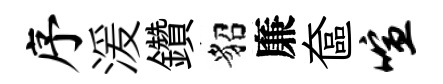
序湲鑽貂廉奩喧